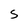
Character: S